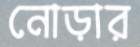
নোড়ার